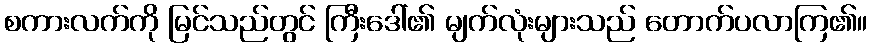
စကားလက်ကို မြင်သည်တွင် ကြီးဒေါ်၏ မျက်လုံးများသည် တောက်ပလာကြ၏။